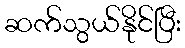
ဆက်သွယ်နိုင်ပြီး